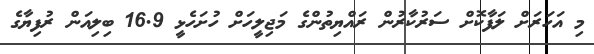
މި އަހަރަށް ލަފާކޮށް ސަރުކާރުން ރައްޔިތުންގެ މަޖިލީހަށް ހުށަހެޅީ 16.9 ބިލިއަން ރުފިޔާގެ